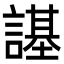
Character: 𧫠